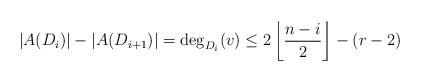
LaTeX: \begin{align*}\lvert A(D_i) \rvert-\lvert A(D_{i+1})\rvert =\deg_{D_i}(v)\le 2 \left \lfloor \frac{n-i}2 \right\rfloor -(r-2)\end{align*}